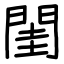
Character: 閨